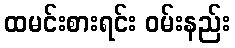
ထမင်းစားရင်း ဝမ်းနည်း